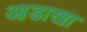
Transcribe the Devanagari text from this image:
आडाखा